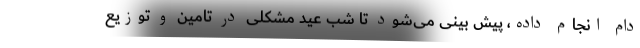
دام انجام داده، پیش بینی می‌شود تا شب عید مشکلی در تامین و توزیع